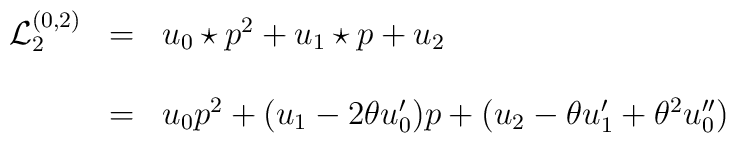
\begin{array}{lcl}{\mathcal L }_{2}^{(0,2)}&=& {u_{0}\star p}^{2} +u_{1}\star p +u_2 \\\\&=&u_{0}{p}^{2} +(u_{1}-2\theta u'_{0})p +(u_{2}-\theta u'_{1}+\theta^{2} u''_{0})\end{array}